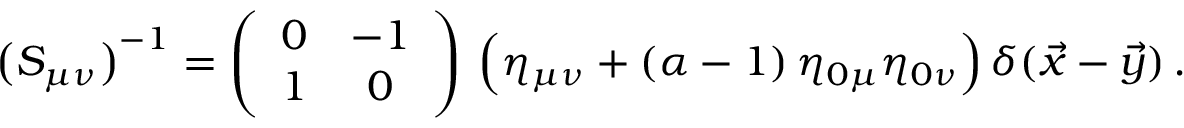
\bigl ( S _ { \mu \nu } \bigr ) ^ { - 1 } = \left( \begin{array} { c c } { { 0 } } & { { - 1 } } \\ { { 1 } } & { { 0 } } \end{array} \right) \, \Bigl ( \eta _ { \mu \nu } + ( \alpha - 1 ) \, \eta _ { 0 \mu } \eta _ { 0 \nu } \Bigr ) \, \delta ( \vec { x } - \vec { y } ) \, .